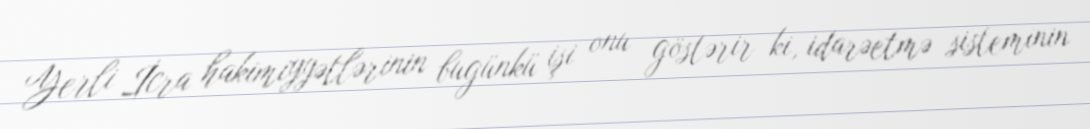
Yerli İcra hakimiyyətlərinin bugünkü işi onu göstərir ki, idarəetmə sisteminin